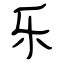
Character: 乐